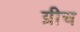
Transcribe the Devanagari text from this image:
ग्रीच